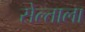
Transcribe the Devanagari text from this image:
सेल्ताला